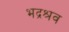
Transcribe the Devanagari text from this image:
भद्रश्रव